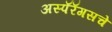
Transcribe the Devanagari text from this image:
अस्पॅरॅगसचे